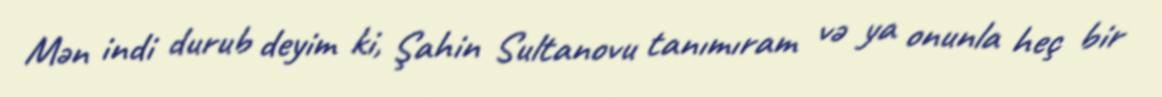
Mən indi durub deyim ki, Şahin Sultanovu tanımıram və ya onunla heç bir